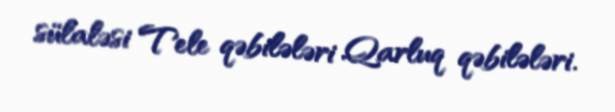
sülaləsi Tele qəbilələri Qarluq qəbilələri.